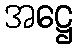
အဋ္ဌေ